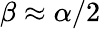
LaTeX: \beta\approx\alpha/2